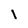
Character: i